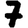
Digit: 7